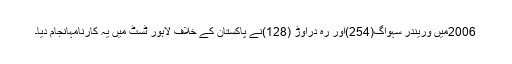
2006میں وریندر سہواگ(254)اور رہ دراوڑ (128)نے پاکستان کے خلاف لاہور ٹسٹ میں یہ کارنامہانجام دیا۔